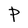
Character: P